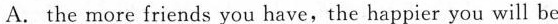
A.the more friends you have,the happier you will be